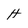
Character: H